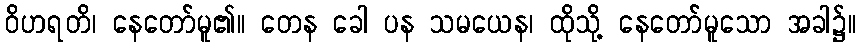
ဝိဟရတိ၊ နေတော်မူ၏။ တေန ခေါ ပန သမယေန၊ ထိုသို့ နေတော်မူသော အခါ၌။